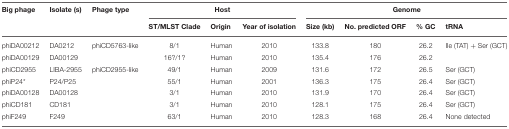
| Big phage | Isolate (s) | Phage type | <COLSPAN=3> Host | <COLSPAN=4> Genome |
 |  |  |  | ST/MLST Clade | Origin | Year of isolation | Size (kb) | No. predicted ORF | % GC | tRNA |
 | --- | --- | --- | --- | --- | --- | --- | --- | --- | --- |
 | phiDA00212 | DA0212 | phiCD5763-like | 8/1 | Human | 2010 | 133.8 | 180 | 26.2 | Ile (TAT) + Ser (GCT) |
 | phiDA00129 | DA00129 |  | 16?/1? | Human | 2010 | 135.4 | 176 | 26.2 |  |
 | phiCD2955 | LIBA-2955 | phiCD2955-like | 49/1 | Human | 2009 | 131.6 | 172 | 26.5 | Ser (GCT) |
 | phiP24* | P24/P25 |  | 55/1 | Human | 2001 | 136.3 | 175 | 26.4 | Ser (GCT) |
 | phiDA00128 | DA00128 |  | 3/1 | Human | 2010 | 131.9 | 170 | 26.4 | Ser (GCT) |
 | phiCD181 | CD181 |  | 3/1 | Human | 2010 | 128.1 | 175 | 26.4 | Ser (GCT) |
 | phiF249 | F249 |  | 63/1 | Human | 2010 | 128.3 | 168 | 26.4 | None detected |